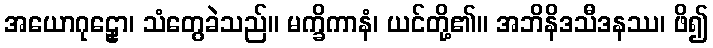
အယောဂုဠှော၊ သံတွေခဲသည်။ မက္ခိကာနံ၊ ယင်တို့၏။ အဘိနိဒသီဒနဿ၊ ဖိ၍